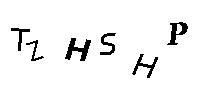
TZHSHP